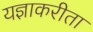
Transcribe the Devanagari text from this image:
यज्ञाकरीता